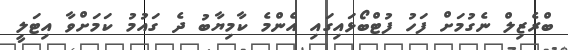
ބްރެޒިލް ނެގުމަށް ފަހު ފުޓްބޯޅައިގައި އެންމެ ކާމިޔާބު ދެ ގައުމު ކަމަށްވާ އިޓަލީ